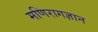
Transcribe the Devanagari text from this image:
मणिरागज्ञान